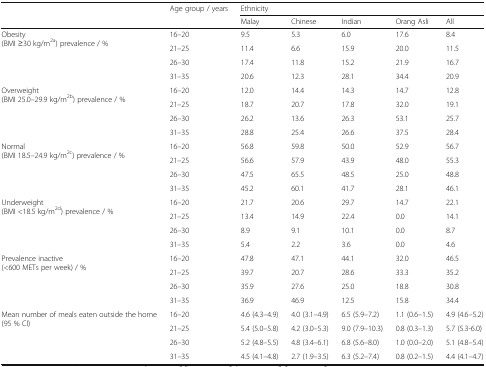
<table><thead><tr><td rowspan="2"></td><td rowspan="2"><b>Age group / years</b></td><td colspan="5"><b>Ethnicity</b></td></tr><tr><td><b>Malay</b></td><td><b>Chinese</b></td><td><b>Indian</b></td><td><b>Orang Asli</b></td><td><b>All</b></td></tr></thead><tbody><tr><td rowspan="4">Obesity(BMI ≥30 kg/m<sup>2a</sup>) prevalence / %</td><td>16–20</td><td>9.5</td><td>5.3</td><td>6.0</td><td>17.6</td><td>8.4</td></tr><tr><td>21–25</td><td>11.4</td><td>6.6</td><td>15.9</td><td>20.0</td><td>11.5</td></tr><tr><td>26–30</td><td>17.4</td><td>11.8</td><td>15.2</td><td>21.9</td><td>16.7</td></tr><tr><td>31–35</td><td>20.6</td><td>12.3</td><td>28.1</td><td>34.4</td><td>20.9</td></tr><tr><td rowspan="4">Overweight(BMI 25.0–29.9 kg/m<sup>2b</sup>) prevalence / %</td><td>16–20</td><td>12.0</td><td>14.4</td><td>14.3</td><td>14.7</td><td>12.8</td></tr><tr><td>21–25</td><td>18.7</td><td>20.7</td><td>17.8</td><td>32.0</td><td>19.1</td></tr><tr><td>26–30</td><td>26.2</td><td>13.6</td><td>26.3</td><td>53.1</td><td>25.7</td></tr><tr><td>31–35</td><td>28.8</td><td>25.4</td><td>26.6</td><td>37.5</td><td>28.4</td></tr><tr><td rowspan="4">Normal(BMI 18.5–24.9 kg/m<sup>2c</sup>) prevalence / %</td><td>16–20</td><td>56.8</td><td>59.8</td><td>50.0</td><td>52.9</td><td>56.7</td></tr><tr><td>21–25</td><td>56.6</td><td>57.9</td><td>43.9</td><td>48.0</td><td>55.3</td></tr><tr><td>26–30</td><td>47.5</td><td>65.5</td><td>48.5</td><td>25.0</td><td>48.8</td></tr><tr><td>31–35</td><td>45.2</td><td>60.1</td><td>41.7</td><td>28.1</td><td>46.1</td></tr><tr><td rowspan="4">Underweight(BMI &lt;18.5 kg/m<sup>2d</sup>) prevalence / %</td><td>16–20</td><td>21.7</td><td>20.6</td><td>29.7</td><td>14.7</td><td>22.1</td></tr><tr><td>21–25</td><td>13.4</td><td>14.9</td><td>22.4</td><td>0.0</td><td>14.1</td></tr><tr><td>26–30</td><td>8.9</td><td>9.1</td><td>10.1</td><td>0.0</td><td>8.7</td></tr><tr><td>31–35</td><td>5.4</td><td>2.2</td><td>3.6</td><td>0.0</td><td>4.6</td></tr><tr><td rowspan="4">Prevalence inactive(&lt;600 METs per week) / %</td><td>16–20</td><td>47.8</td><td>47.1</td><td>44.1</td><td>32.0</td><td>46.5</td></tr><tr><td>21–25</td><td>39.7</td><td>20.7</td><td>28.6</td><td>33.3</td><td>35.2</td></tr><tr><td>26–30</td><td>35.9</td><td>27.6</td><td>25.0</td><td>18.8</td><td>30.8</td></tr><tr><td>31–35</td><td>36.9</td><td>46.9</td><td>12.5</td><td>15.8</td><td>34.4</td></tr><tr><td rowspan="4">Mean number of meals eaten outside the home (95 % CI)</td><td>16–20</td><td>4.6 (4.3–4.9)</td><td>4.0 (3.1–4.9)</td><td>6.5 (5.9–7.2)</td><td>1.1 (0.6–1.5)</td><td>4.9 (4.6–5.2)</td></tr><tr><td>21–25</td><td>5.4 (5.0–5.8)</td><td>4.2 (3.0–5.3)</td><td>9.0 (7.9–10.3)</td><td>0.8 (0.3–1.3)</td><td>5.7 (5.3-6.0)</td></tr><tr><td>26–30</td><td>5.2 (4.8–5.5)</td><td>4.8 (3.4–6.1)</td><td>6.8 (5.6–8.0)</td><td>1.0 (0.0–2.0)</td><td>5.1 (4.8–5.4)</td></tr><tr><td>31–35</td><td>4.5 (4.1–4.8)</td><td>2.7 (1.9–3.5)</td><td>6.3 (5.2–7.4)</td><td>0.8 (0.2–1.5)</td><td>4.4 (4.1–4.7)</td></tr></tbody></table>